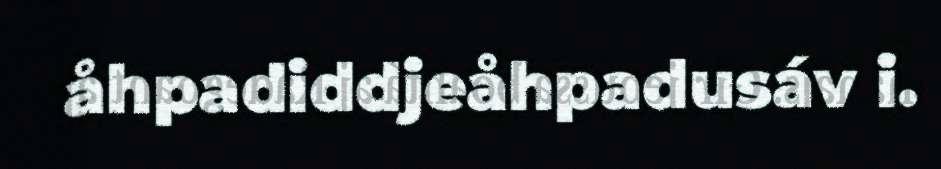
åhpadiddjeåhpadusáv i.